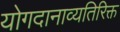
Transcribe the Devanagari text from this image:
योगदानाव्यतिरिक्त